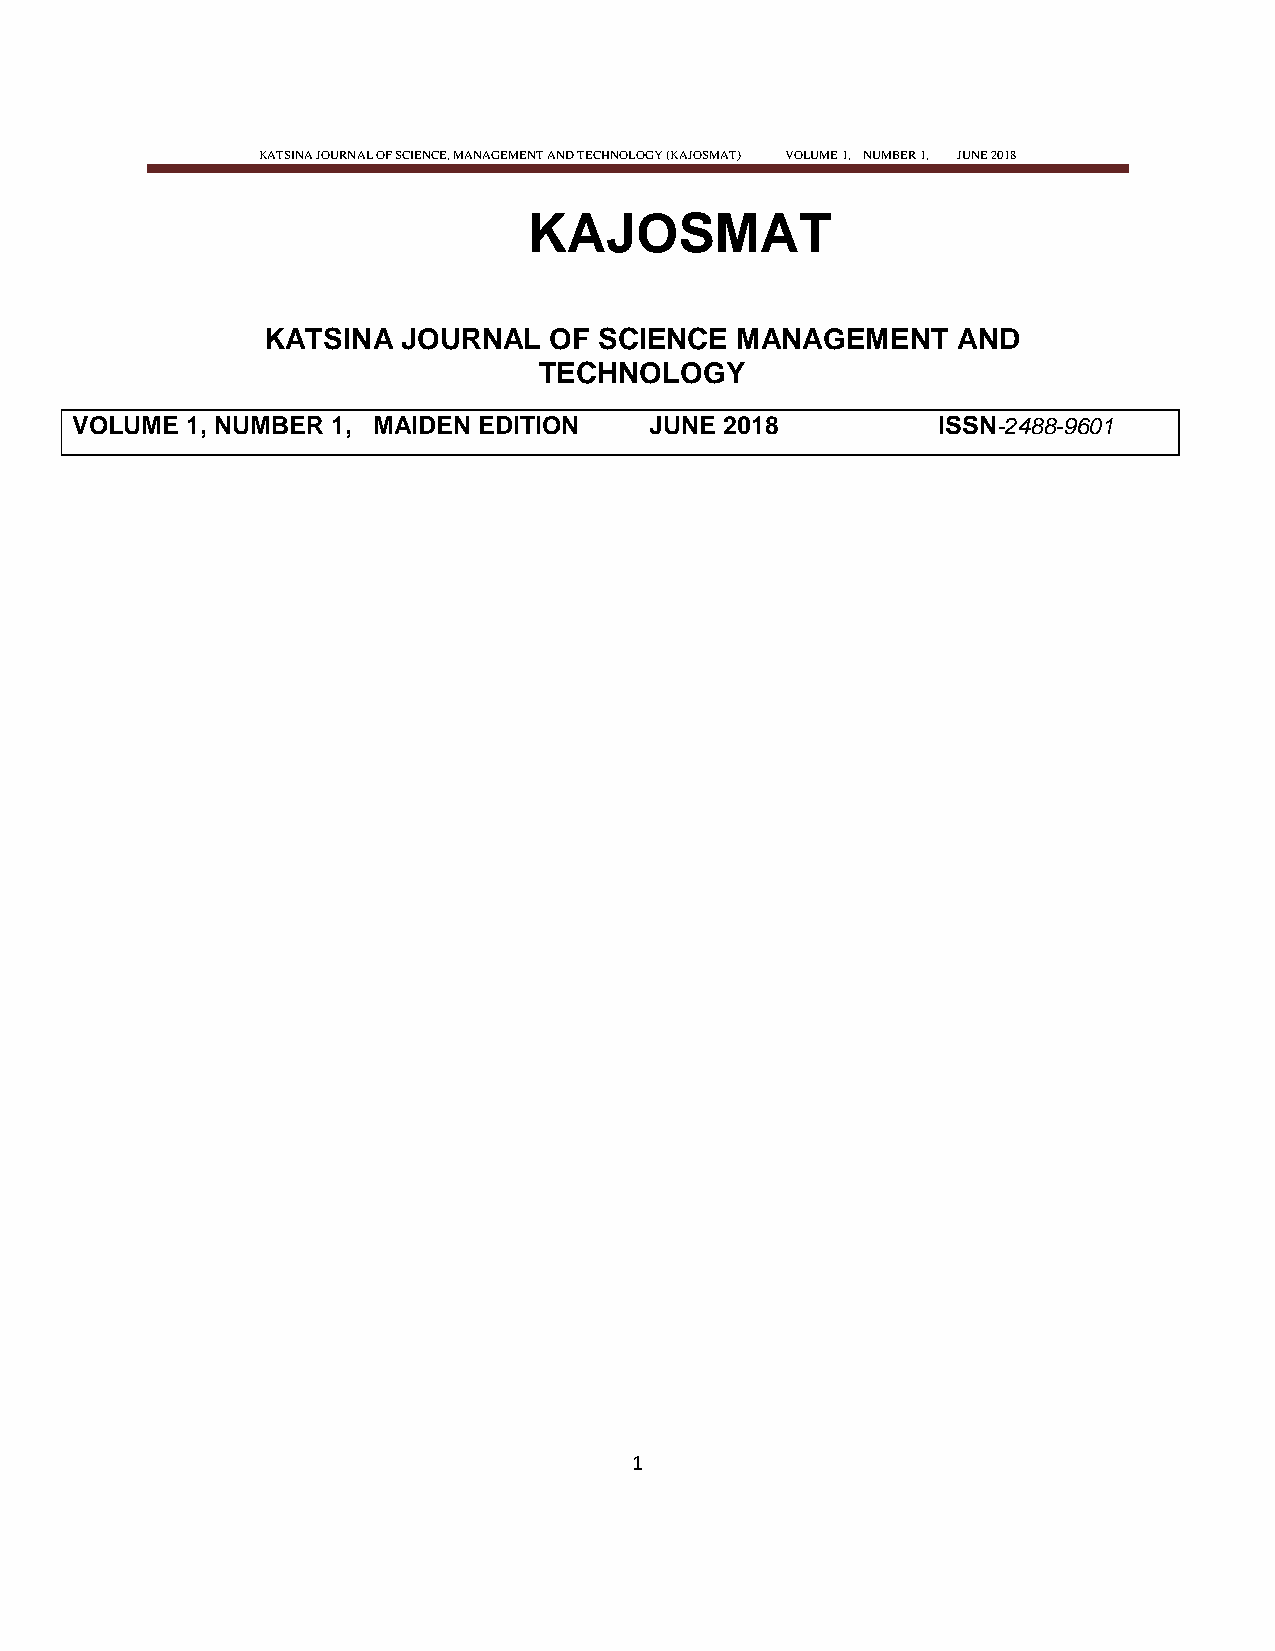
KATSINA JOURNAL OF SCIENCE, MANAGEMENT AND TECHNOLOGY (KAJOSMAT) VOLUME 1, NUMBER 1, JUNE 2018
 KAJOSMAT
 KATSINA   JOURNAL  OF  SCIENCE  MANAGEMENT    AND
 TECHNOLOGY
 VOLUME 1, NUMBER 1, MAIDEN EDITION    JUNE 2018          ISSN-2488-9601
 1